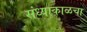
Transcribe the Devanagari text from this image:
संध्याकाळचा